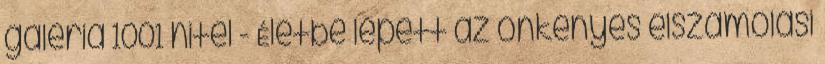
galéria 1001 hitel - Életbe lépett az önkényes elszámolási